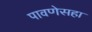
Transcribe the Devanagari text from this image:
पावणेसहा